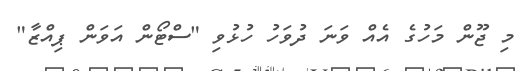
މި ޖޫން މަހުގެ އެއް ވަނަ ދުވަހު ހުޅުވި "ސްޓޯން އަވަން ޕިއްޒާ"